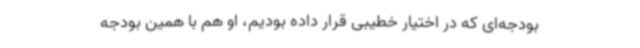
بودجه‌ای که در اختیار خطیبی قرار داده بودیم، او هم با همین بودجه